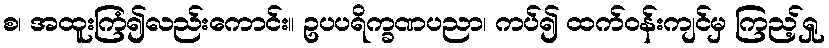
စ၊ အထူးကြံ၍လည်းကောင်း။ ဥပပရိက္ခဏပညာ၊ ကပ်၍ ထက်ဝန်းကျင်မှ ကြည့်ရှု